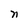
Character: n